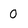
Character: 0